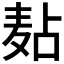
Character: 𪎋